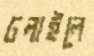
ঢলাইলে